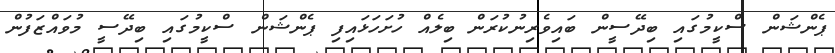
ޕެންޝަން ސްކީމުގައި ބިދޭސީން ބައިވެރިނުކުރަން ބިލެއް ހުށަހަޅައިފި ޕެންޝަން ސްކީމުގައި ބިދޭސީ މުވައްޒަފުން